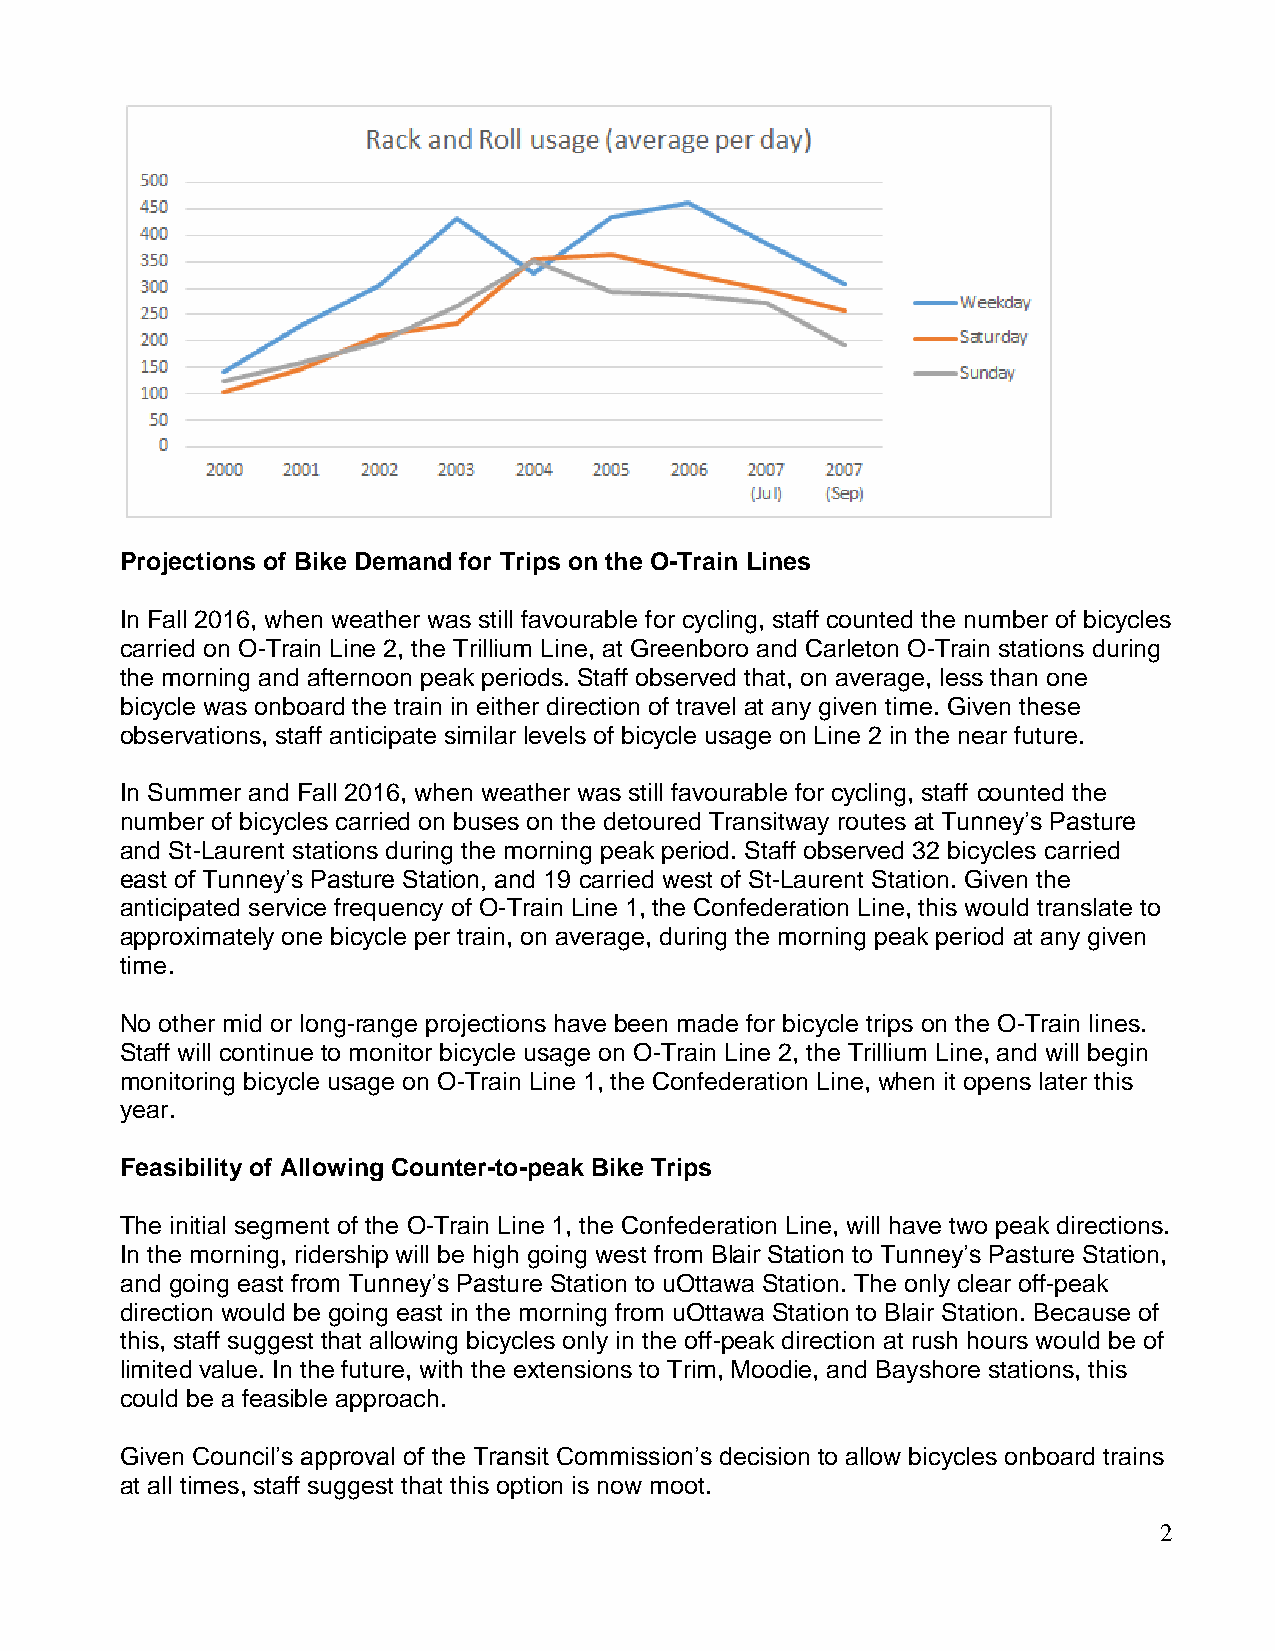
Projections of Bike Demand for Trips on the O-Train Lines
 In Fall 2016, when weather was still favourable for cycling, staff counted the number of bicycles
 carried on O-Train Line 2, the Trillium Line, at Greenboro and Carleton O-Train stations during
 the morning and afternoon peak periods. Staff observed that, on average, less than one
 bicycle was onboard the train in either direction of travel at any given time. Given these
 observations, staff anticipate similar levels of bicycle usage on Line 2 in the near future.
 In Summer and Fall 2016, when weather was still favourable for cycling, staff counted the
 number of bicycles carried on buses on the detoured Transitway routes at Tunney’s Pasture
 and St-Laurent stations during the morning peak period. Staff observed 32 bicycles carried
 east of Tunney’s Pasture Station, and 19 carried west of St-Laurent Station. Given the
 anticipated service frequency of O-Train Line 1, the Confederation Line, this would translate to
 approximately one bicycle per train, on average, during the morning peak period at any given
 time.
 No other mid or long-range projections have been made for bicycle trips on the O-Train lines.
 Staff will continue to monitor bicycle usage on O-Train Line 2, the Trillium Line, and will begin
 monitoring bicycle usage on O-Train Line 1, the Confederation Line, when it opens later this
 year.
 Feasibility of Allowing Counter-to-peak Bike Trips
 The initial segment of the O-Train Line 1, the Confederation Line, will have two peak directions.
 In the morning, ridership will be high going west from Blair Station to Tunney’s Pasture Station,
 and going east from Tunney’s Pasture Station to uOttawa Station. The only clear off-peak
 direction would be going east in the morning from uOttawa Station to Blair Station. Because of
 this, staff suggest that allowing bicycles only in the off-peak direction at rush hours would be of
 limited value. In the future, with the extensions to Trim, Moodie, and Bayshore stations, this
 could be a feasible approach.
 Given Council’s approval of the Transit Commission’s decision to allow bicycles onboard trains
 at all times, staff suggest that this option is now moot.
 2